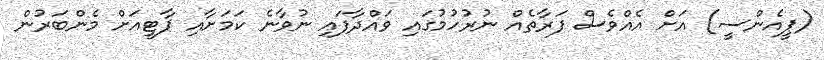
(ޕީއެންސީ) އަށް އެއްވެސް ފަރާތެއް ނުރުހުމުގައި ވައްދާފައި ނުވާނެ ކަމަށާއި ޕާޓީއަށް މެންބަރުން